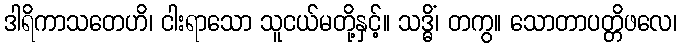
ဒါရိကာသတေဟိ၊ ငါးရာသော သူငယ်မတို့နှင့်။ သဒ္ဓိံ၊ တကွ။ သောတာပတ္တိဖလေ၊